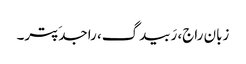
زبان راج، رَبیدگ، راجدَپتر۔